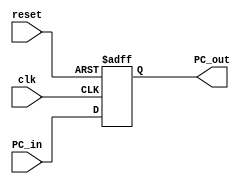
// Program Counter

module ProgramCounter(
    input clk, reset,
    input [31:0] PC_in,
    output reg [31:0] PC_out
);

always @(posedge clk or posedge reset) begin
    if (reset == 1'b1) begin
        PC_out <= 0;
    end else begin
        PC_out <= PC_in;
    end
end

endmodule